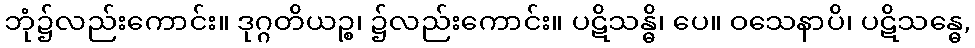
ဘုံ၌လည်းကောင်း။ ဒုဂ္ဂတိယဉ္စ၊ ၌လည်းကောင်း။ ပဋိသန္ဓိ၊ ပေ။ ဝသေနာပိ၊ ပဋိသန္ဓေ,